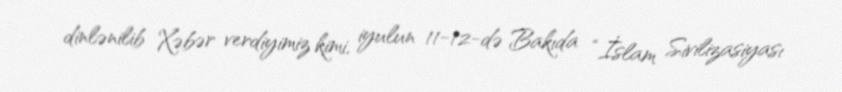
dinlənilib Xəbər verdiyimiz kimi, iyulun 11-12-də Bakıda “İslam Sivilizasiyası